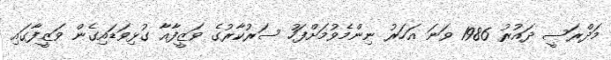
މަދްރަސީ ދައުރު 1986 ވަނަ އަހަރު ނިންމެވުމަށްފަހު ސަރުކާރުގެ ވަޒީފާއާ ގުޅިވަޑައިގެން ވަޒީފާގައި